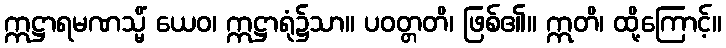
ဣဋ္ဌာရမဏသ္မိံ ယေဝ၊ ဣဋ္ဌာရုံ၌သာ။ ပဝတ္တတိ၊ ဖြစ်၏။ ဣတိ၊ ထို့ကြောင့်။